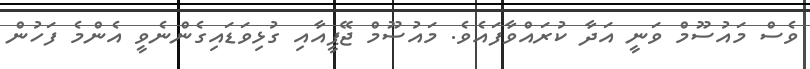
ވެސް މައުސޫމް ވަނީ އަދާ ކުރައްވާފައެވެ. މައުސޫމް ޖޭޕީއާއި ގުޅިވަޑައިގެންނެވީ އެންމެ ފަހުން